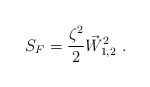
\begin{align*}S_F=\frac{\zeta^2}{2} \vec W_{1,2}^2~.\end{align*}